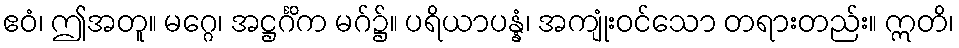
ဧဝံ၊ ဤအတူ။ မဂ္ဂေ၊ အဋ္ဌင်္ဂိက မဂ်၌။ ပရိယာပန္နံ၊ အကျုံးဝင်သော တရားတည်း။ ဣတိ၊